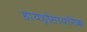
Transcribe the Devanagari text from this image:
हायड्रोसायनिक